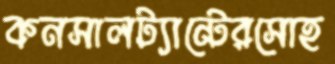
কনসালট্যান্টেরসোহ